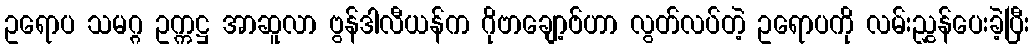
ဥရောပ သမဂ္ဂ ဥက္ကဋ္ဌ အာဆူလာ ဗွန်ဒါလီယန်က ဂိုဗာချော့ဗ်ဟာ လွတ်လပ်တဲ့ ဥရောပကို လမ်းညွှန်ပေးခဲ့ပြီး